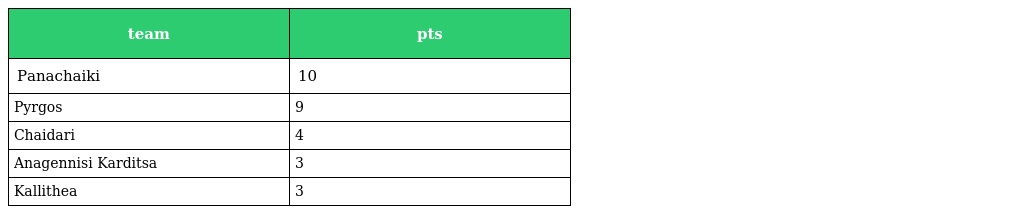
| team | pts |
 | --- | --- |
 | Panachaiki | 10 |
 | Pyrgos | 9 |
 | Chaidari | 4 |
 | Anagennisi Karditsa | 3 |
 | Kallithea | 3 |